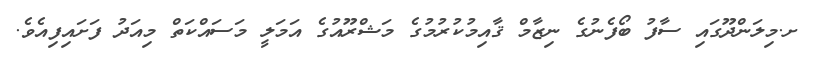
ށ.މިލަންދޫގައި ސާފު ބޯފެނުގެ ނިޒާމް ޤާއިމުކުރުމުގެ މަޝްރޫއުގެ އަމަލީ މަސައްކަތް މިއަދު ފަށައިފިއެވެ.